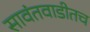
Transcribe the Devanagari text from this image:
सावंतवाडीतच